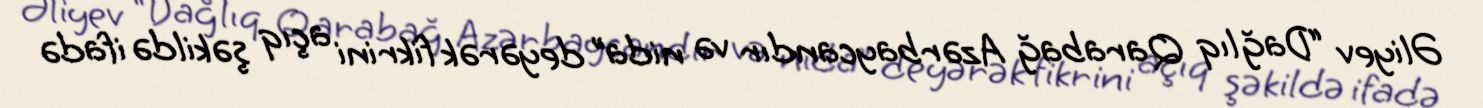
Əliyev “Dağlıq Qarabağ Azərbaycandır və nida” deyərək fikrini açıq şəkildə ifadə